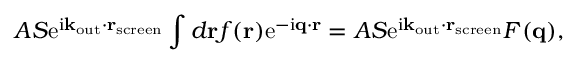
A S \mathrm { e } ^ { \mathrm { i } \mathbf { k } _ { \mathrm { o u t } } \cdot \mathbf { r } _ { \mathrm { s c r e e n } } } \int d \mathbf { r } f ( \mathbf { r } ) \mathrm { e } ^ { - \mathrm { i } \mathbf { q } \cdot \mathbf { r } } = A S \mathrm { e } ^ { \mathrm { i } \mathbf { k } _ { \mathrm { o u t } } \cdot \mathbf { r } _ { \mathrm { s c r e e n } } } F ( \mathbf { q } ) ,